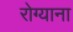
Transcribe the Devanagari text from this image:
रोग्याना